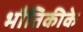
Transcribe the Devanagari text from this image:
भौतिकीके